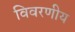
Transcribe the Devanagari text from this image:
विवरणीय